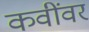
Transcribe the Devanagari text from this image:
कवींवर